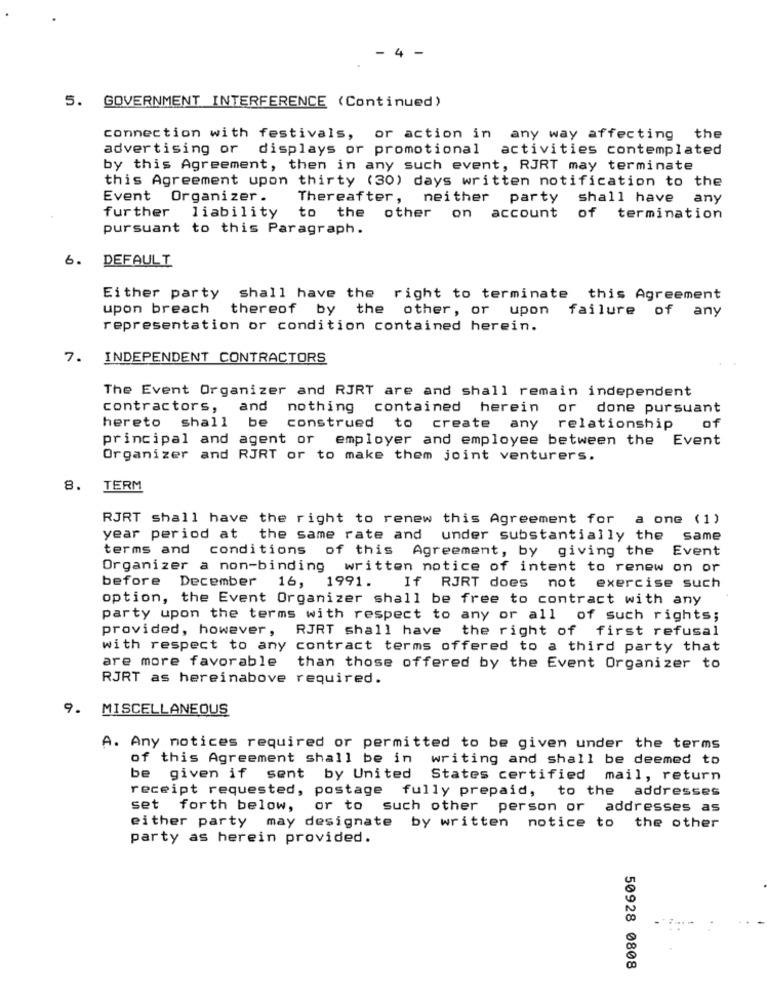
4
-
5.
GOVERNMENT INTERFERENCE (Continued)
connection with festivals, or action in any way affecting the
advertising or displays or promotional activities contemplated
by this Agreement, then in any such event, RJRT may terminate
this Agreement upon thirty (30) days written notification to the
Event Organizer.
Thereafter, neither party shall have any
further liability
to the other on account
of termination
pursuant to this Paragraph.
6.
DEFAULT
Either party shall have the right to terminate this Agreement
upon breach
thereof by the other, or upon failure of any
representation or condition contained herein.
7. INDEPENDENT CONTRACTORS
The Event Organizer and RJRT are and shall remain independent
contractors, and nothing contained herein or done pursuant
hereto
be
shall
construed to create any relationship
of
principal and agent or employer and employee between the Event
Organizer and RJRT or to make them joint venturers.
8. TERM
RJRT shall have the right to renew this Agreement for
a one (1)
year period at the same rate and under substantially the
same
terms and conditions of this Agreement, by giving the Event
Organizer a non-binding written notice of intent to renew on or
before December 16, 1991.
If RJRT does not exercise such
option, the Event Organizer shall be free to contract with any
party upon the terms with respect to any or all of such rights;
provided, however,
RJRT shall have the right of first refusal
with respect to any contract terms offered to a third party that
are more favorable
than those offered by the Event Organizer to
RJRT as hereinabove required.
9.
MISCELLANEOUS
A. Any notices required or permitted to be given under the terms
of this Agreement shall be in writing and shall be deemed to
be given if sent by United States certified mail, return
receipt requested, postage fully prepaid, to the addresses
set
forth below,
or to such other person or addresses as
either party may designate by written notice to the other
party as herein provided.
50928 0808